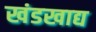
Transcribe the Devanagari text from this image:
खंडखाद्य